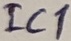
Text: IC1